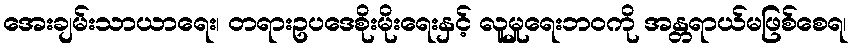
အေးချမ်းသာယာရေး၊ တရားဥပဒေစိုးမိုးရေးနှင့် လူမှုရေးဘဝကို အန္တရာယ်မဖြစ်စေရ၊